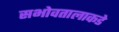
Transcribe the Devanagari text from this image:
सभोवतालाकडे